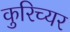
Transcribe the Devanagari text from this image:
कुरिच्यर